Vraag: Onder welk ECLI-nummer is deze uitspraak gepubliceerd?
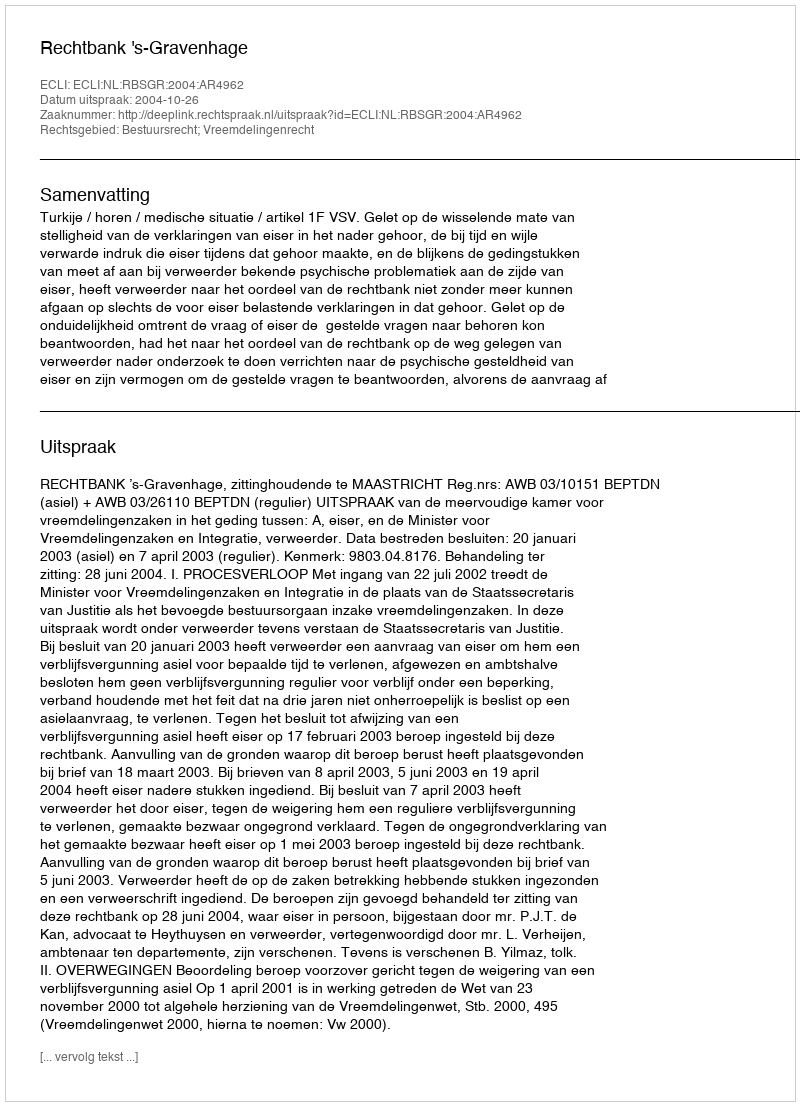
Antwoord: ECLI:NL:RBSGR:2004:AR4962